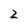
Character: 2